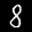
Label: 8